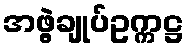
အဖွဲ့ချုပ်ဥက္ကဋ္ဌ